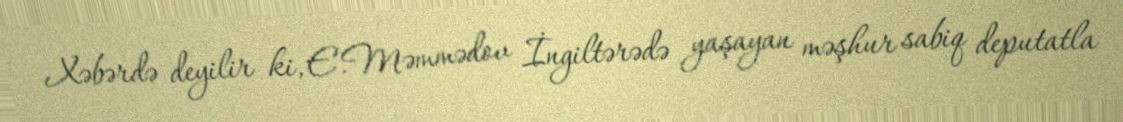
Xəbərdə deyilir ki, E.Məmmədov İngiltərədə yaşayan məşhur sabiq deputatla